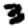
Digit: 3